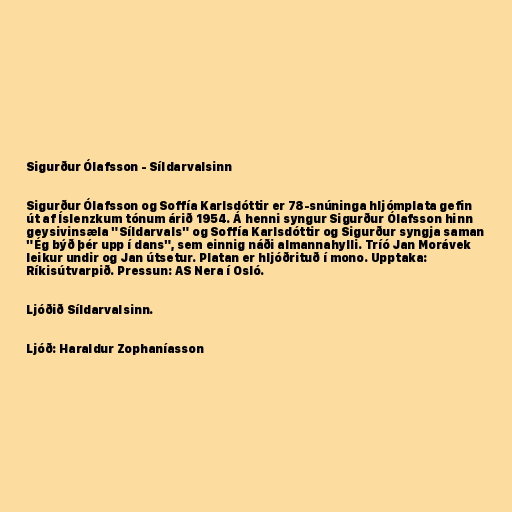
Sigurður Ólafsson - Síldarvalsinn

Sigurður Ólafsson og Soffía Karlsdóttir er 78-snúninga hljómplata gefin
út af Íslenzkum tónum árið 1954. Á henni syngur Sigurður Ólafsson hinn
geysivinsæla "Síldarvals" og Soffía Karlsdóttir og Sigurður syngja saman
"Ég býð þér upp í dans", sem einnig náði almannahylli. Tríó Jan Morávek
leikur undir og Jan útsetur. Platan er hljóðrituð í mono. Upptaka:
Ríkisútvarpið. Pressun: AS Nera í Osló.

Ljóðið Síldarvalsinn.

Ljóð: Haraldur Zophaníasson